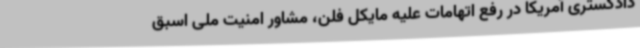
دادگستری آمریکا در رفع اتهامات علیه مایکل فلن، مشاور امنیت ملی اسبق